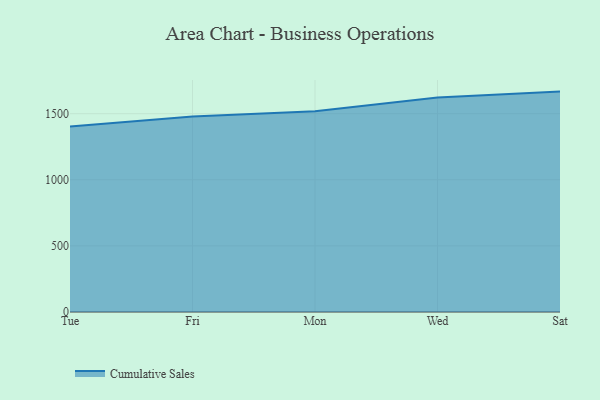
{"axis": {"x": "Day", "y": "LTV (USD)"}, "legend": ["Cumulative Sales"], "data": [{"x": "Tue", "y": 1402.9, "type": "Cumulative Sales"}, {"x": "Fri", "y": 1478.8, "type": "Cumulative Sales"}, {"x": "Mon", "y": 1518.8, "type": "Cumulative Sales"}, {"x": "Wed", "y": 1622.0, "type": "Cumulative Sales"}, {"x": "Sat", "y": 1667.0, "type": "Cumulative Sales"}]}